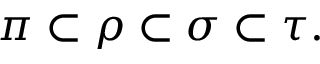
\pi \subset \rho \subset \sigma \subset \tau .